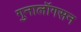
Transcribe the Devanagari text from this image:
गुनालॉगसन